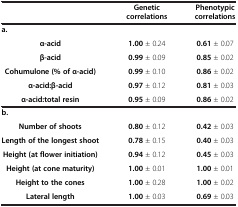
<table><thead><tr><td><b> </b></td><td><b>Genetic correlations</b></td><td><b>Phenotypic correlations</b></td></tr></thead><tbody><tr><td colspan="3"><b>a.</b></td></tr><tr><td><b>α-acid</b></td><td><b>1.00</b> ± 0.24</td><td><b>0.61</b> ± 0.07</td></tr><tr><td><b>β-acid</b></td><td><b>0.99</b> ± 0.09</td><td><b>0.85</b> ± 0.02</td></tr><tr><td><b>Cohumulone (% of α-acid)</b></td><td><b>0.99</b> ± 0.10</td><td><b>0.86</b> ± 0.02</td></tr><tr><td><b>α-acid:β-acid</b></td><td><b>0.97</b> ± 0.12</td><td><b>0.81</b> ± 0.03</td></tr><tr><td><b>α-acid:total resin</b></td><td><b>0.95</b> ± 0.09</td><td><b>0.86</b> ± 0.02</td></tr><tr><td colspan="3"><b>b.</b></td></tr><tr><td><b>Number of shoots</b></td><td><b>0.80</b> ± 0.12</td><td><b>0.42</b> ± 0.03</td></tr><tr><td><b>Length of the longest shoot</b></td><td><b>0.78</b> ± 0.15</td><td><b>0.40</b> ± 0.03</td></tr><tr><td><b>Height (at flower initiation)</b></td><td><b>0.94</b> ± 0.12</td><td><b>0.45</b> ± 0.03</td></tr><tr><td><b>Height (at cone maturity)</b></td><td><b>1.00</b> ± 0.01</td><td><b>1.00</b> ± 0.01</td></tr><tr><td><b>Height to the cones</b></td><td><b>1.00</b> ± 0.28</td><td><b>1.00</b> ± 0.02</td></tr><tr><td><b>Lateral length</b></td><td><b>1.00</b> ± 0.03</td><td><b>0.69</b> ± 0.03</td></tr></tbody></table>